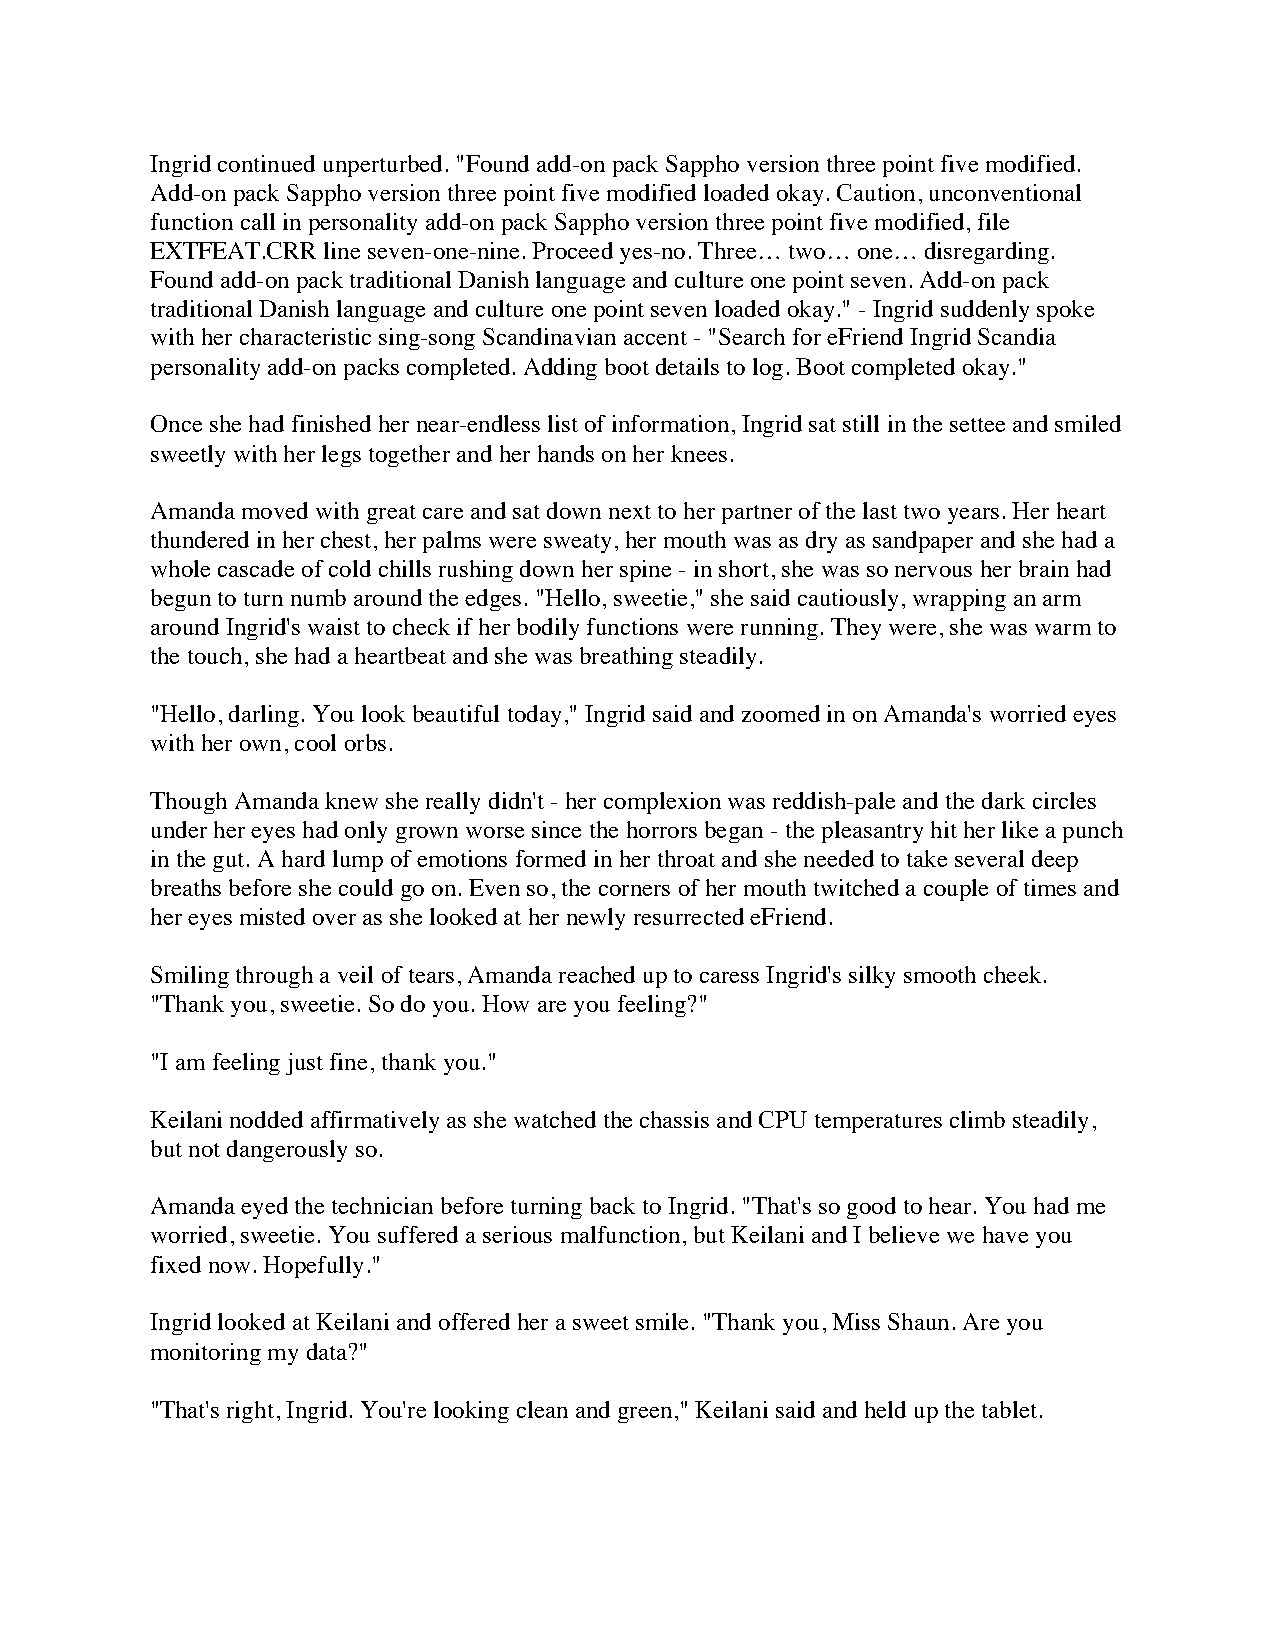
Ingrid continued unperturbed. "Found add-on pack Sappho version three point five modified.
 Add-on pack Sappho version three point five modified loaded okay. Caution, unconventional
 function call in personality add-on pack Sappho version three point five modified, file
 EXTFEAT.CRR line seven-one-nine. Proceed yes-no. Three… two… one… disregarding.
 Found add-on pack traditional Danish language and culture one point seven. Add-on pack
 traditional Danish language and culture one point seven loaded okay." - Ingrid suddenly spoke
 with her characteristic sing-song Scandinavian accent - "Search for eFriend Ingrid Scandia
 personality add-on packs completed. Adding boot details to log. Boot completed okay."
 Once she had finished her near-endless list of information, Ingrid sat still in the settee and smiled
 sweetly with her legs together and her hands on her knees.
 Amanda moved with great care and sat down next to her partner of the last two years. Her heart
 thundered in her chest, her palms were sweaty, her mouth was as dry as sandpaper and she had a
 whole cascade of cold chills rushing down her spine - in short, she was so nervous her brain had
 begun to turn numb around the edges. "Hello, sweetie," she said cautiously, wrapping an arm
 around Ingrid's waist to check if her bodily functions were running. They were, she was warm to
 the touch, she had a heartbeat and she was breathing steadily.
 "Hello, darling. You look beautiful today," Ingrid said and zoomed in on Amanda's worried eyes
 with her own, cool orbs.
 Though Amanda knew she really didn't - her complexion was reddish-pale and the dark circles
 under her eyes had only grown worse since the horrors began - the pleasantry hit her like a punch
 in the gut. A hard lump of emotions formed in her throat and she needed to take several deep
 breaths before she could go on. Even so, the corners of her mouth twitched a couple of times and
 her eyes misted over as she looked at her newly resurrected eFriend.
 Smiling through a veil of tears, Amanda reached up to caress Ingrid's silky smooth cheek.
 "Thank you, sweetie. So do you. How are you feeling?"
 "I am feeling just fine, thank you."
 Keilani nodded affirmatively as she watched the chassis and CPU temperatures climb steadily,
 but not dangerously so.
 Amanda eyed the technician before turning back to Ingrid. "That's so good to hear. You had me
 worried, sweetie. You suffered a serious malfunction, but Keilani and I believe we have you
 fixed now. Hopefully."
 Ingrid looked at Keilani and offered her a sweet smile. "Thank you, Miss Shaun. Are you
 monitoring my data?"
 "That's right, Ingrid. You're looking clean and green," Keilani said and held up the tablet.